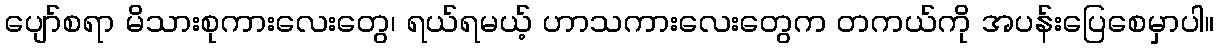
ပျော်စရာ မိသားစုကားလေးတွေ၊ ရယ်ရမယ့် ဟာသကားလေးတွေက တကယ်ကို အပန်းပြေစေမှာပါ။